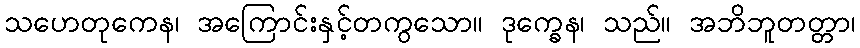
သဟေတုကေန၊ အကြောင်းနှင့်တကွသော။ ဒုက္ခေန၊ သည်။ အဘိဘူတတ္တာ၊